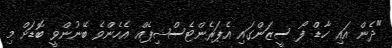
"ދެން އައި ހާޑް ފޯ ސީޒަންގައި އެޕަރެންޓެސްޝިޕެއް އެހެންވެ ބޭނުންވީ ބޮޑަށް މި